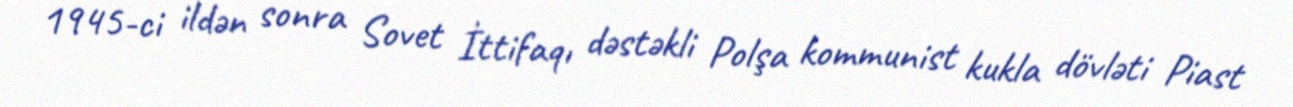
1945-ci ildən sonra Sovet İttifaqı dəstəkli Polşa kommunist kukla dövləti Piast